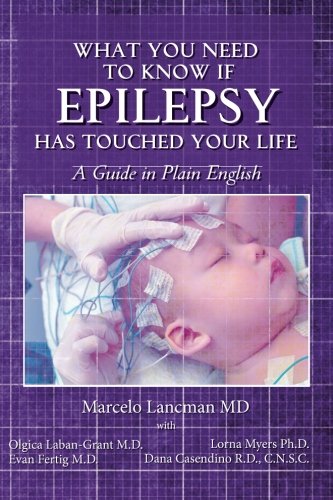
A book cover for What you need to know if epilepsy has touched your life: a guide in plain English; Marcelo Lancman MD; Health, Fitness & Dieting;